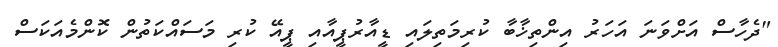
"ދެހާސް އަށްވަނަ އަހަރު އިންތިޚާބާ ކުރިމަތިލައި ޑީއާރުޕީއާއި ޕީއޭ ކުރި މަސައްކަތުން ކޮންމެއަކަސް